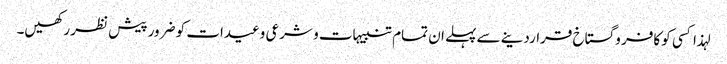
لہذا کسی کو کافر و گستاخ قراردینے سے پہلے ان تمام تنبیہات و شرعی وعیدات کو ضرور پیش نظر رکھیں۔